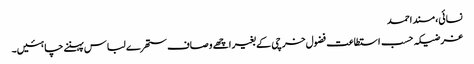
نسائی، مسند احمد
غرضیکہ حسب استطاعت فضول خرچی کے بغیر اچھے وصاف ستھرے لباس پہننے چاہئیں۔